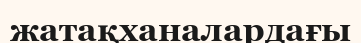
жатақханалардағы